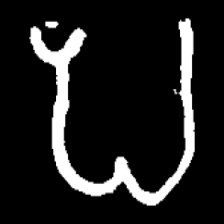
Pyu character \u2014 Myanmar letter: ပ (romanized: pa)